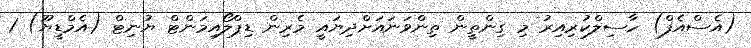
(އެސްއެފް) ހާސިލްކުރިއިރު މި ގިންތީން ތިންވަނައަށްދިޔައީ މެރިން ޑިޕްލޯއިމަންޓް ޔުނިޓް (އެމްޑީޔޫ) 1